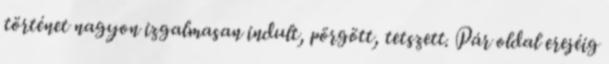
történet nagyon izgalmasan indult, pörgött, tetszett. Pár oldal erejéig